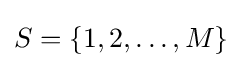
S=\{1,2,\ldots ,M\}